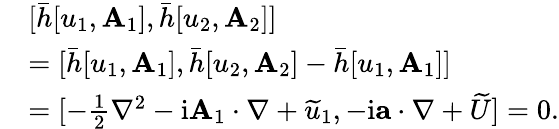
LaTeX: \begin{array}{rl}&{[\bar{h}[u_{1},\mathbf{A}_{1}],\bar{h}[u_{2},\mathbf{A}_{2}]]}\\ &{=[\bar{h}[u_{1},\mathbf{A}_{1}],\bar{h}[u_{2},\mathbf{A}_{2}]-\bar{h}[u_{1},\mathbf{A}_{1}]]}\\ &{=[-\frac{1}{2}\nabla^{2}-\mathrm{i}\mathbf{A}_{1}\cdot\nabla+\widetilde{u}_{1},-\mathrm{i}\mathbf{a}\cdot\nabla+\widetilde{U}]=0.}\end{array}